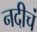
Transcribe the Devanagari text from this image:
नदीचं